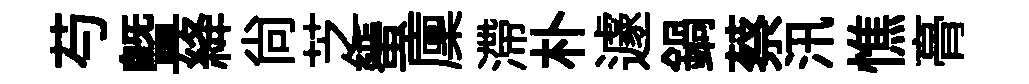
芍暨絳尚芝蜑廩滯朴遽鍋蔡汛憔𮌔